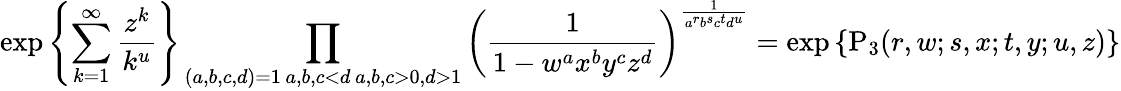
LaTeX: \exp\left\{ \sum_{k=1}^{\infty}\frac{{z}^{k}}{k^{u}}\right\} \prod_{\substack{(a,b,c,d)=1\, a,b,c<d\, a,b,c>0,d>1}}\left(\frac{1}{1-{w}^{a}{x}^{b}{y}^{c}{z}^{d}}\right)^{\frac{1}{{a}^{r}{b}^{s}{c}^{t}{d}^{u}}}=\exp\left\{ \mathrm{P}_{3}(r,w;s,x;t,y;u,z)\right\}